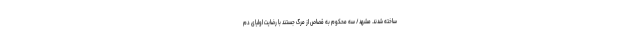
ساخته شدند. مشهد/ سه محکوم به قصاص از مرگ جستند با رضایت اولیای دم